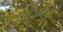
સિઝનલ